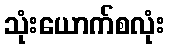
သုံးယောက်စလုံး